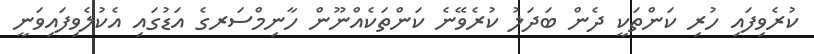
ކުރެވިފައި ހުރި ކަންތަކީ ދެން ބަދަލު ކުރެވޭނެ ކަންތަކެއްނޫން ހާނިމްސަރގެ އަޑުގައި އެކުލެވިފައިވަނީ